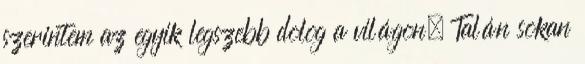
szerintem az egyik legszebb dolog a világon. Talán sokan